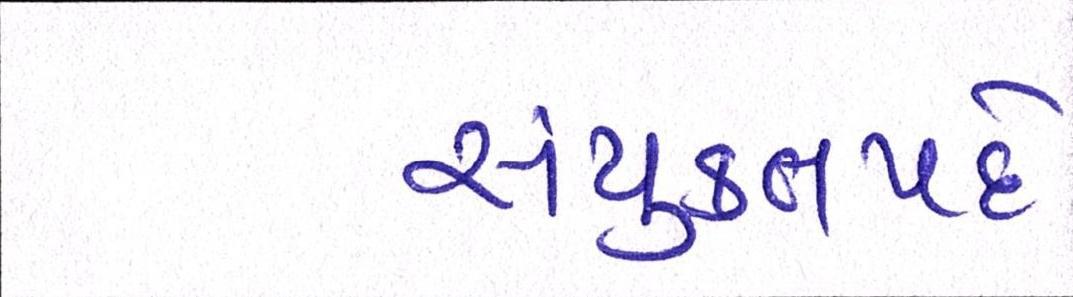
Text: સંયુક્તપદે